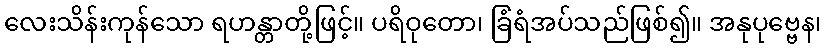
လေးသိန်းကုန်သော ရဟန္တာတို့ဖြင့်။ ပရိဝုတော၊ ခြံရံအပ်သည်ဖြစ်၍။ အနုပုဗ္ဗေန၊